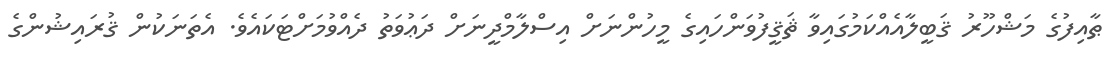
ޠާއިފުގެ މަޝްހޫރު ޤަބީލާއެއްކަމުގައިވާ ޘަޤީފުވަންހައިގެ މީހުންނަށް އިސްލާމްދީނަށް ދަޢުވަތު ދެއްވުމަށްޓަކައެވެ. އެތަނަކުން ޤުރައިޝުންގެ